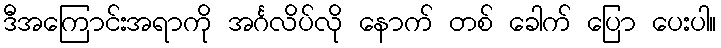
ဒီအကြောင်းအရာကို အင်္ဂလိပ်လို နောက် တစ် ခေါက် ပြော ပေးပါ။